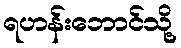
ရဟန်းဘောင်သို့